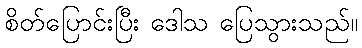
စိတ်ပြောင်းပြီး ဒေါသ ပြေသွားသည်။